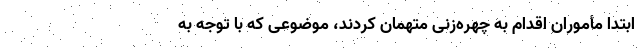
ابتدا مأموران اقدام به چهره‌زنی متهمان کردند، موضوعی که با توجه به